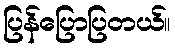
ပြန်ပြောပြတယ်။